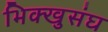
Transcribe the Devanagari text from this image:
भिक्खुसंघ